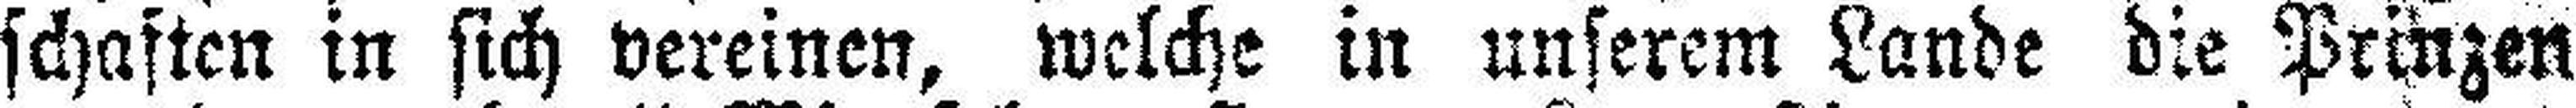
schaften in sich vereinen, welche in unserem Lande die Prinzen